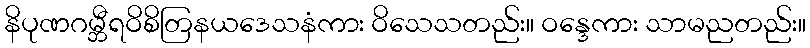
နိပုဏဂမ္ဘီရဝိစိတြနယဒေသနံကား ဝိသေသတည်း။ ဝန္ဒေကား သာမညတည်း။